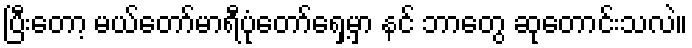
ပြီးတော့ မယ်တော်မာရီပုံတော်ရှေ့မှာ နင် ဘာတွေ ဆုတောင်းသလဲ။